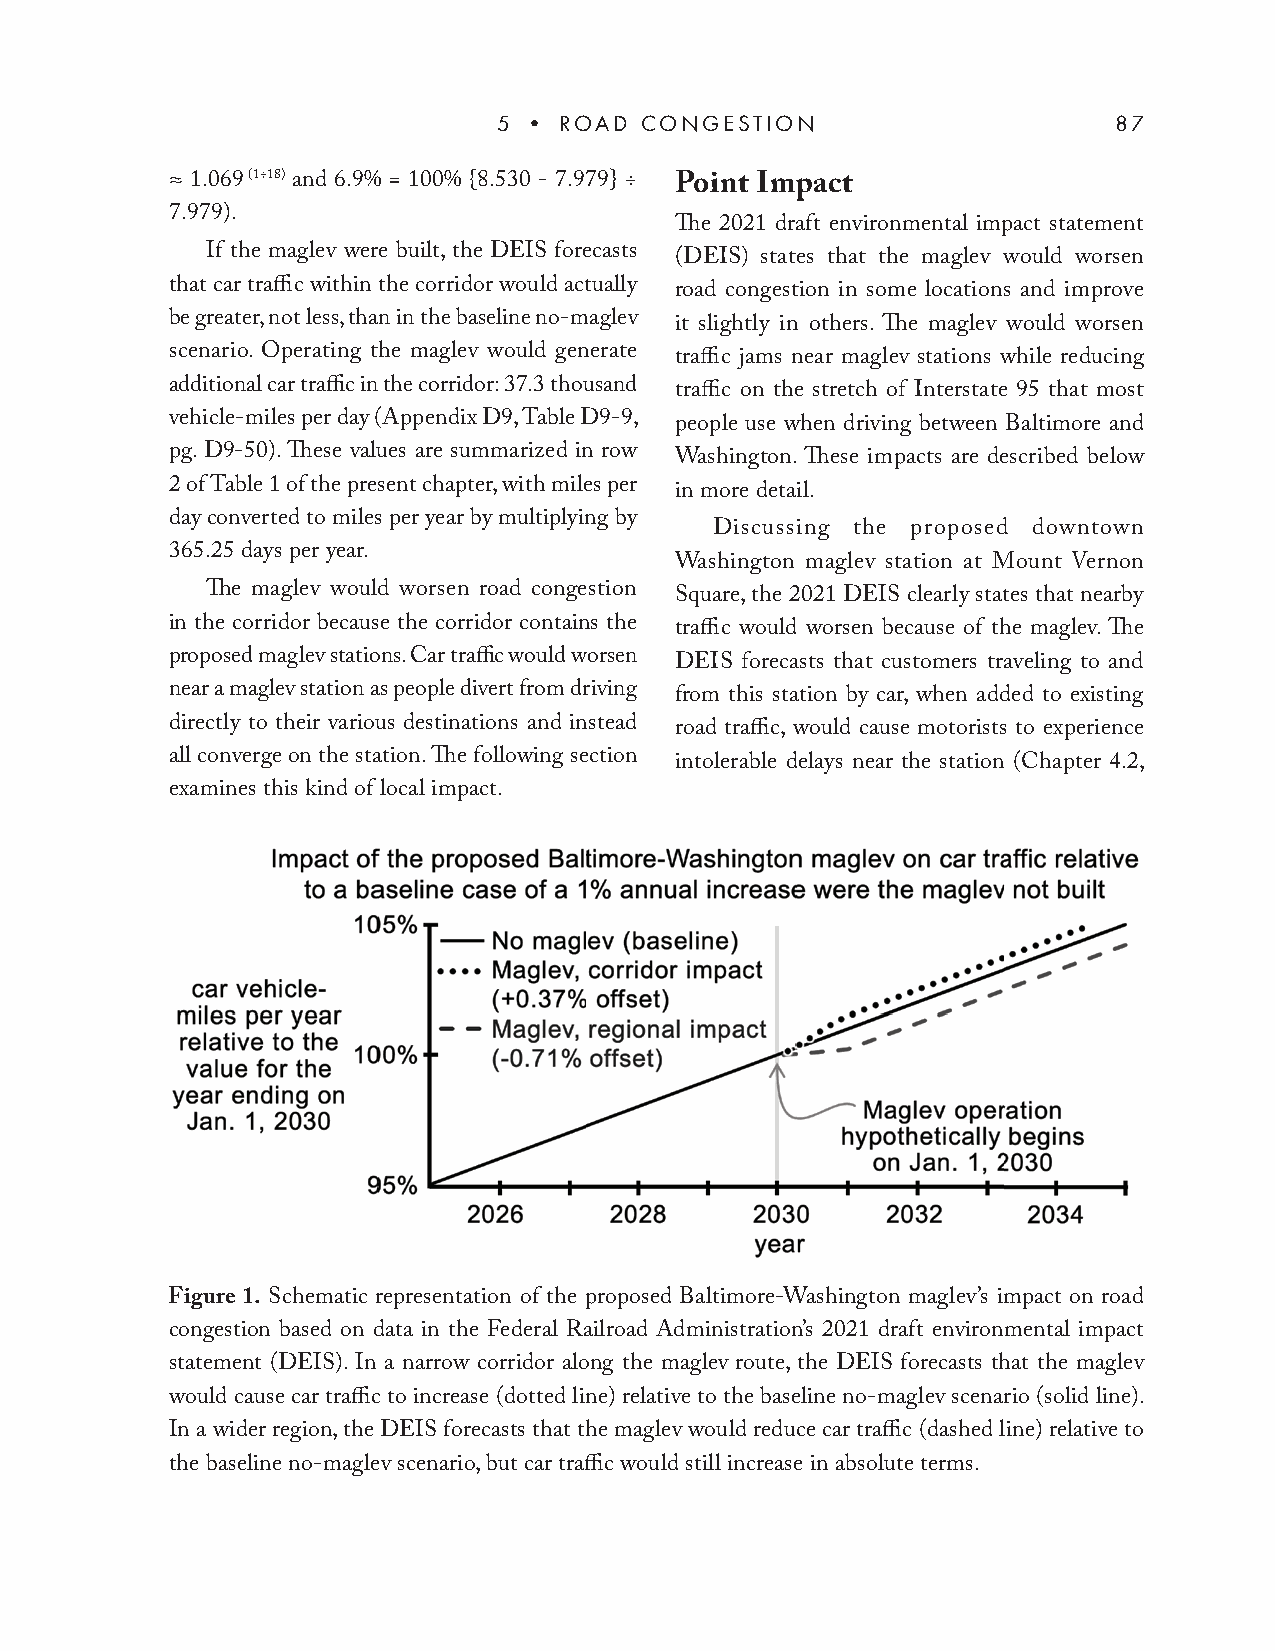
5 • ROAD CONGESTION                      87
 ≈ 1.069 (1÷18) and 6.9% = 100% {8.530 - 7.979} ÷ Point Impact
 7.979).
 Th e 2021 draft environmental impact statement
 If the maglev were built, the DEIS forecasts (DEIS) states that the maglev would worsen
 that car traffi c within the corridor would actually road congestion in some locations and improve
 be greater, not less, than in the baseline no-maglev it slightly in others. Th e maglev would worsen
 scenario. Operating the maglev would generate traffi c jams near maglev stations while reducing
 additional car traffi c in the corridor: 37.3 thousand traffi c on the stretch of Interstate 95 that most
 vehicle-miles per day (Appendix D9, Table D9-9, people use when driving between Baltimore and
 pg. D9-50). Th ese values are summarized in row Washington. Th ese impacts are described below
 2 of Table 1 of the present chapter, with miles per in more detail.
 day converted to miles per year by multiplying by
 Discussing the proposed downtown
 365.25 days per year.
 Washington maglev station at Mount Vernon
 Th e maglev would worsen road congestion Square, the 2021 DEIS clearly states that nearby
 in the corridor because the corridor contains the traffi c would worsen because of the maglev. Th e
 proposed maglev stations. Car traffi c would worsen DEIS forecasts that customers traveling to and
 near a maglev station as people divert from driving from this station by car, when added to existing
 directly to their various destinations and instead road traffi c, would cause motorists to experience
 all converge on the station. Th e following section intolerable delays near the station (Chapter 4.2,
 examines this kind of local impact.
 Figure 1. Schematic representation of the proposed Baltimore-Washington maglev’s impact on road
 congestion based on data in the Federal Railroad Administration’s 2021 draft environmental impact
 statement (DEIS). In a narrow corridor along the maglev route, the DEIS forecasts that the maglev
 would cause car traffi c to increase (dotted line) relative to the baseline no-maglev scenario (solid line).
 In a wider region, the DEIS forecasts that the maglev would reduce car traffi c (dashed line) relative to
 the baseline no-maglev scenario, but car traffi c would still increase in absolute terms.